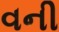
વની